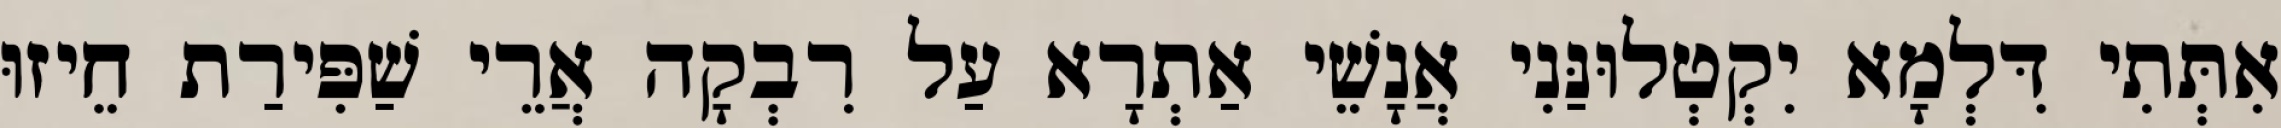
אִתְּתִי דִּלְמָא יִקְטְלוּנַּנִי אֲנָשֵׁי אַתְרָא עַל רִבְקָה אֲרֵי שַׁפִּירַת חֵיזוּ